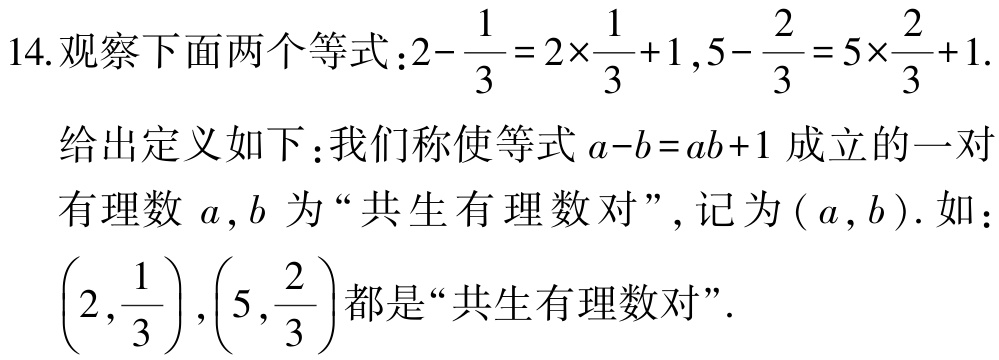
14. 观察下面两个等式：\(2 - \frac{1}{3} = 2\times\frac{1}{3} + 1\), \(5 - \frac{2}{3} = 5\times\frac{2}{3} + 1\).

给出定义如下：我们称使等式\(a - b = ab + 1\)成立的一对有理数\(a\), \(b\)为“共生有理数对”, 记为\((a, b)\). 如：\(\left(2,\frac{1}{3}\right),\left(5,\frac{2}{3}\right)\)都是“共生有理数对”.